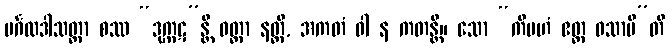
မင်္ဂလဒါသတ္တာ စဿ “ဒုက္ကဋ”န္တိ ဝတ္တာ နတ္ထိ, အကတံ ဝါ န ကတန္တိ။ သော “ကိမဟံ ဧတ္ထ ဝသာမီ”တိ